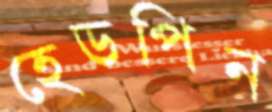
হেডপিন